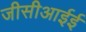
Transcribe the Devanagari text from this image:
जीसीआईई